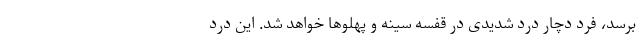
برسد، فرد دچار درد شدیدی در قفسه سینه و پهلو‌ها خواهد شد. این درد